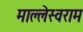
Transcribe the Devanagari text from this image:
माल्लेस्वराम